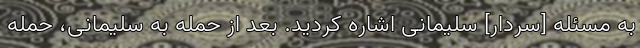
به مسئله [سردار] سلیمانی اشاره کردید. بعد از حمله به سلیمانی، حمله